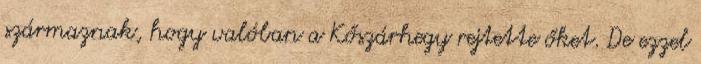
származnak, hogy valóban a Kőszárhegy rejtette őket. De ezzel